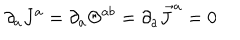
\partial _ { a } J ^ { a } = \partial _ { a } \Theta ^ { a b } = \partial _ { a } \vec { J } ^ { a } = 0